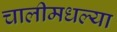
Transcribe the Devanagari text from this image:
चालीमधल्या